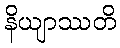
နိယျာဿတိ